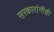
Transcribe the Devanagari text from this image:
सरकारांनीही